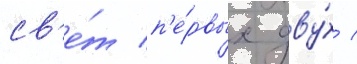
св'е́т п'е́рвых дву́х /